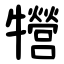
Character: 㹚